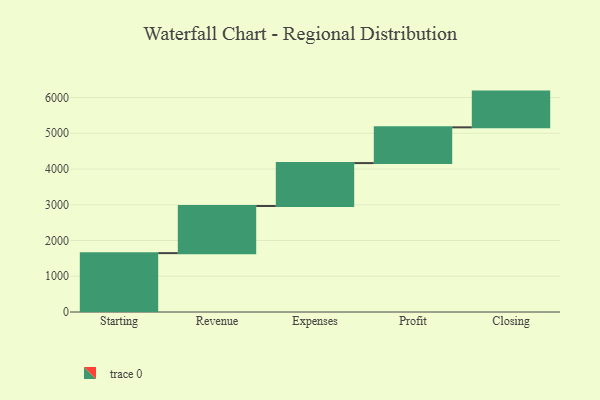
{"axis": {"x": "Step", "y": "Value"}, "legend": [""], "data": [{"x": "Starting", "y": 1647.0, "type": ""}, {"x": "Revenue", "y": 1319.0, "type": ""}, {"x": "Expenses", "y": 1200.0, "type": ""}, {"x": "Profit", "y": 1000, "type": ""}, {"x": "Closing", "y": 1000, "type": ""}]}